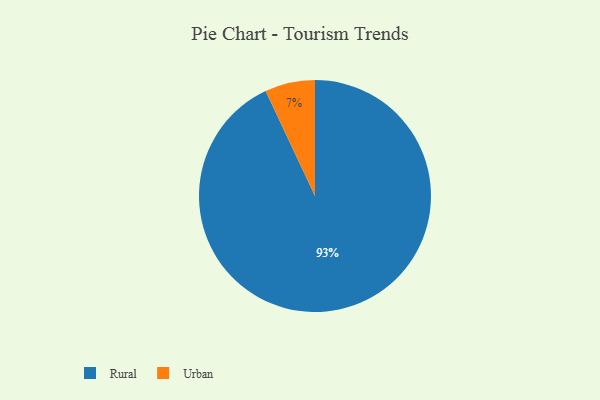
{"axis": {"x": "Category", "y": "Percentage"}, "legend": ["Rural", "Urban"], "data": [{"x": "Urban", "y": 7, "type": "Urban"}, {"x": "Rural", "y": 93, "type": "Rural"}]}